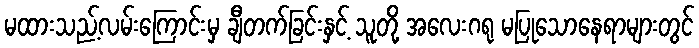
မထားသည့်လမ်းကြောင်းမှ ချီတက်ခြင်းနှင့် သူတို့ အလေးဂရု မပြုသောနေရာများတွင်